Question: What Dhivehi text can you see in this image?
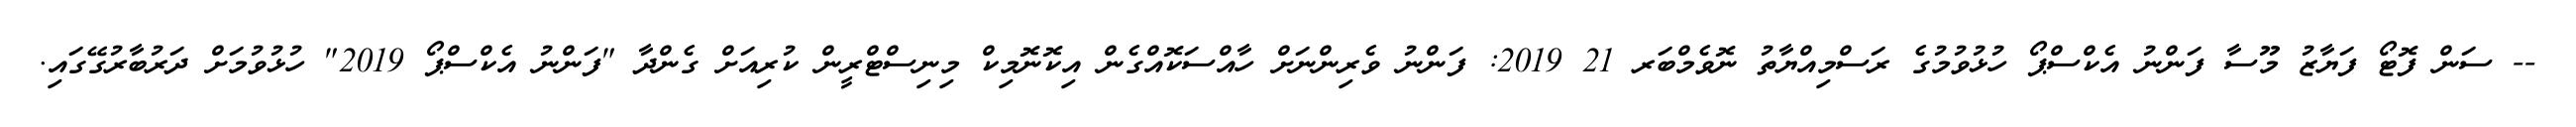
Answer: -- ސަން ފޮޓޯ ފަޔާޒު މޫސާ ފަންނު އެކްސްޕޯ ހުޅުވުމުގެ ރަސްމިއްޔާތު ނޮވެމްބަރ 21 2019: ފަންނު ވެރިންނަށް ހާއްސަކޮއްގެން އިކޮނޮމިކް މިނިސްޓްރީން ކުރިއަށް ގެންދާ "ފަންނު އެކްސްޕޯ 2019" ހުޅުވުމަށް ދަރުބާރުގޭގައި.